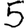
Digit: 5